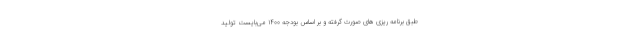
طبق برنامه ریزی های صورت گرفته و بر اساس بودجه ۱۴۰۰ می‌بایست تولید